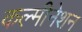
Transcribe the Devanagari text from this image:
कल्मीनेशन